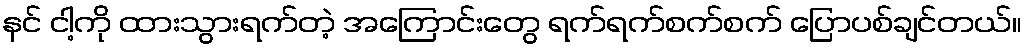
နင် ငါ့ကို ထားသွားရက်တဲ့ အကြောင်းတွေ ရက်ရက်စက်စက် ပြောပစ်ချင်တယ်။